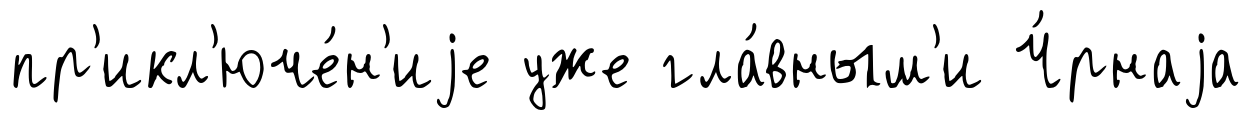
пр'икл'юче́н'иjе уже гла́вным'и Ч́рнаjа